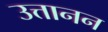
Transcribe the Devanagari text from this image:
उत्तानन